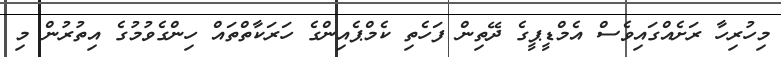
މިހުރިހާ ރަށެއްގައިވެސް އެމްޑީޕީގެ ދޭތިން ފަހެތި ކެމްޕެއިންގެ ހަރަކާތްތައް ހިންގެވުމުގެ އިތުރުން މި